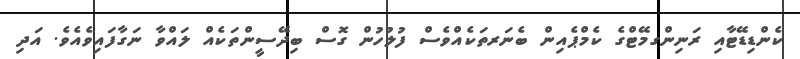
ކެންޑިޑޭޓާއި ރަނިންގމޭޓްގެ ކެމްޕެއިން ބެނަރތަކެއްވެސް ފުލުހުން ގޮސް ބިދޭސީންތަކެއް ލައްވާ ނަގާފައިވެއެވެ. އަދި